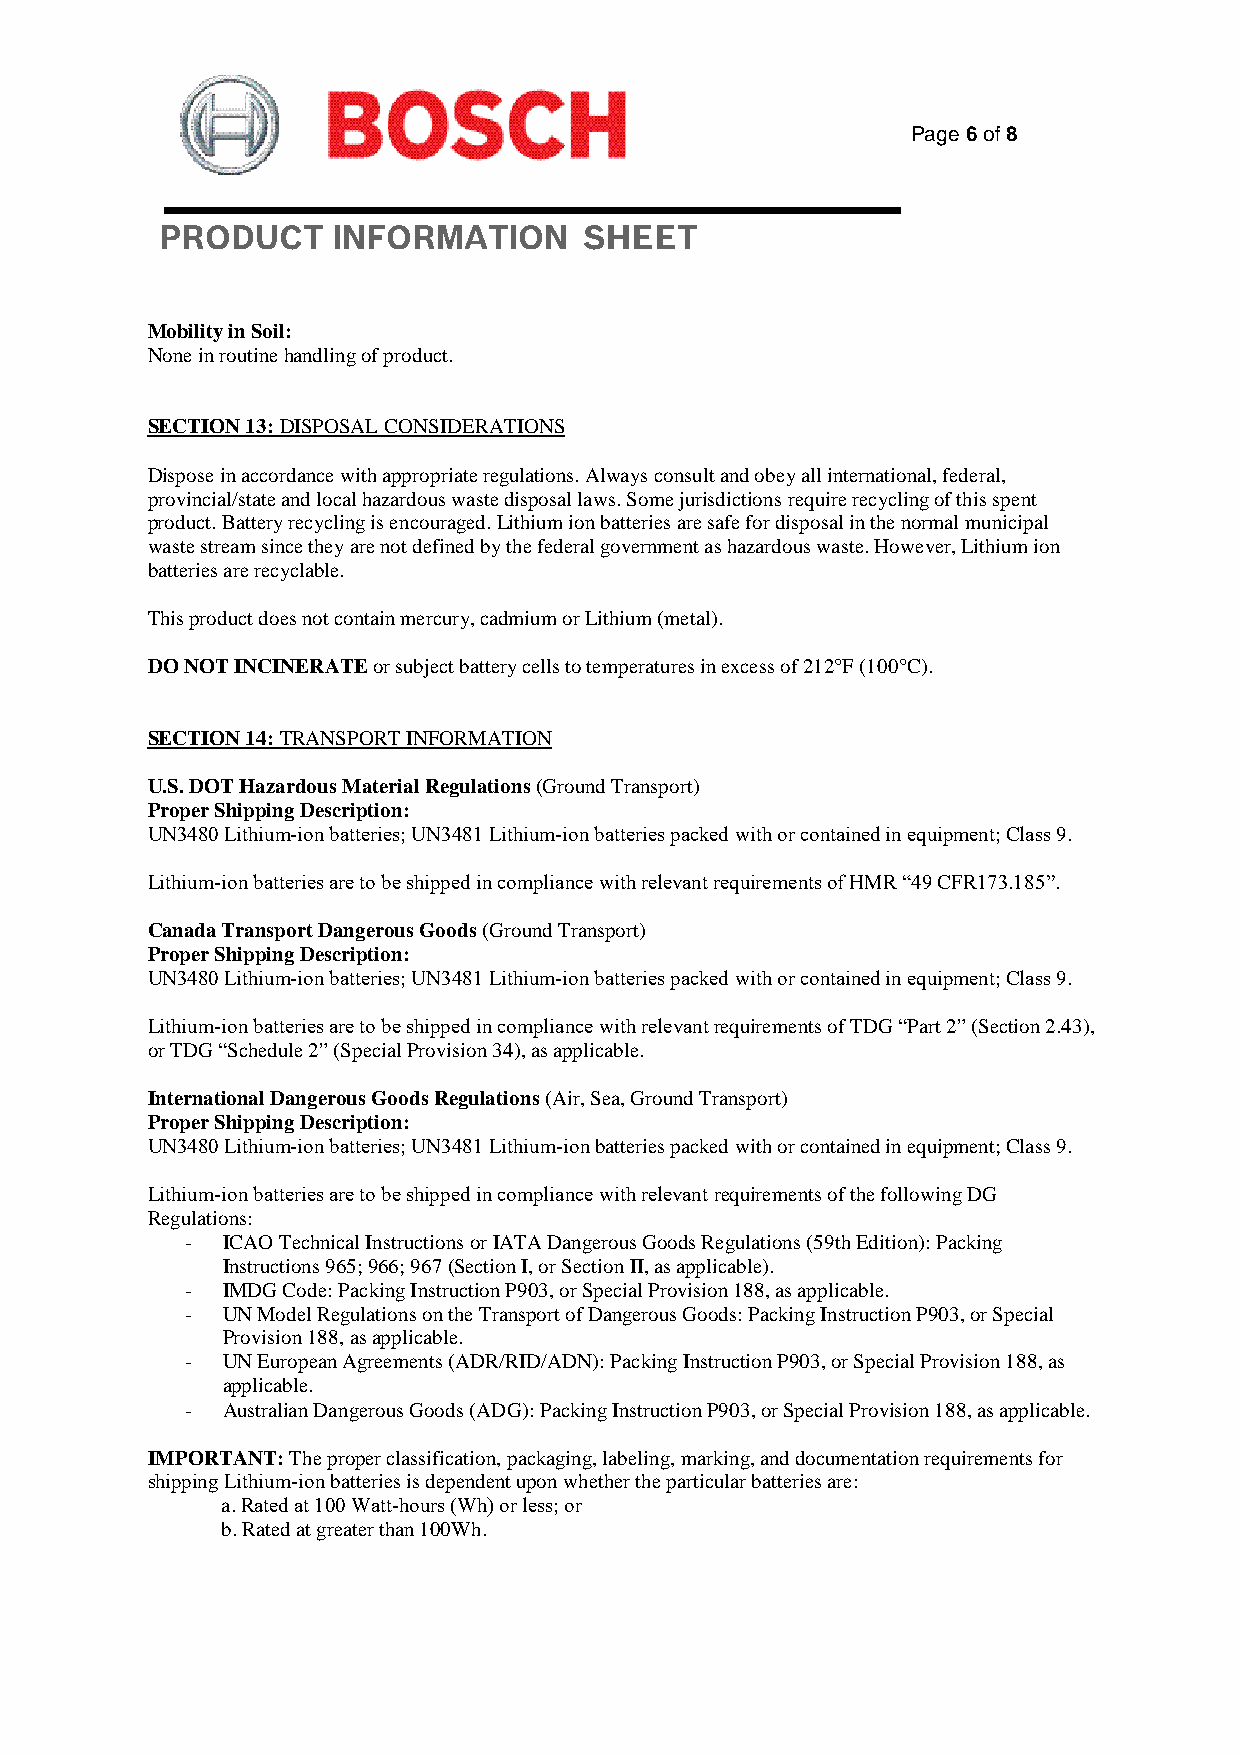
Page 6 of 8
 PRODUCT    INFORMATION      SHEET
 Mobility in Soil:
 None in routine handling of product.
 SECTION 13: DISPOSAL CONSIDERATIONS
 Dispose in accordance with appropriate regulations. Always consult and obey all international, federal,
 provincial/state and local hazardous waste disposal laws. Some jurisdictions require recycling of this spent
 product. Battery recycling is encouraged. Lithium ion batteries are safe for disposal in the normal municipal
 waste stream since they are not defined by the federal government as hazardous waste. However, Lithium ion
 batteries are recyclable.
 This product does not contain mercury, cadmium or Lithium (metal).
 DO NOT INCINERATE or subject battery cells to temperatures in excess of 212°F (100°C).
 SECTION 14: TRANSPORT INFORMATION
 U.S. DOT Hazardous Material Regulations (Ground Transport)
 Proper Shipping Description:
 UN3480 Lithium‐ion batteries; UN3481 Lithium‐ion batteries packed with or contained in equipment; Class 9.
 Lithium‐ion batteries are to be shipped in compliance with relevant requirements of HMR “49 CFR173.185”.
 Canada Transport Dangerous Goods (Ground Transport)
 Proper Shipping Description:
 UN3480 Lithium‐ion batteries; UN3481 Lithium‐ion batteries packed with or contained in equipment; Class 9.
 Lithium‐ion batteries are to be shipped in compliance with relevant requirements of TDG “Part 2” (Section 2.43),
 or TDG “Schedule 2” (Special Provision 34), as applicable.
 International Dangerous Goods Regulations (Air, Sea, Ground Transport)
 Proper Shipping Description:
 UN3480 Lithium‐ion batteries; UN3481 Lithium‐ion batteries packed with or contained in equipment; Class 9.
 Lithium‐ion batteries are to be shipped in compliance with relevant requirements of the following DG
 Regulations:
 -  ICAO Technical Instructions or IATA Dangerous Goods Regulations (59th Edition): Packing
 Instructions 965; 966; 967 (Section I, or Section II, as applicable).
 -  IMDG Code: Packing Instruction P903, or Special Provision 188, as applicable.
 -  UN Model Regulations on the Transport of Dangerous Goods: Packing Instruction P903, or Special
 Provision 188, as applicable.
 -  UN European Agreements (ADR/RID/ADN): Packing Instruction P903, or Special Provision 188, as
 applicable.
 -  Australian Dangerous Goods (ADG): Packing Instruction P903, or Special Provision 188, as applicable.
 IMPORTANT: The proper classification, packaging, labeling, marking, and documentation requirements for
 shipping Lithium‐ion batteries is dependent upon whether the particular batteries are:
 a. Rated at 100 Watt‐hours (Wh) or less; or
 b. Rated at greater than 100Wh.